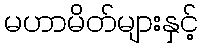
မဟာမိတ်များနှင့်